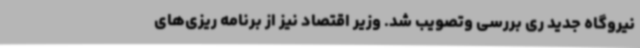
نیروگاه جدید ری بررسی وتصویب شد. وزیر اقتصاد نیز از برنامه ریزی‌های